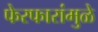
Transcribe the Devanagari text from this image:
फेरफारांमुळे